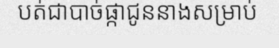
បត់ជាបាច់ផ្កាជូននាងសម្រាប់